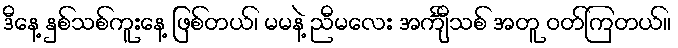
ဒီနေ့ နှစ်သစ်ကူးနေ့ ဖြစ်တယ်၊ မမနဲ့ ညီမလေး အင်္ကျီသစ် အတူ ဝတ်ကြတယ်။